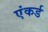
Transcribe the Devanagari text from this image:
एंकर्ड